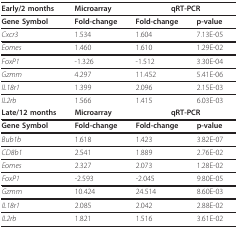
<table><thead><tr><td><b>Early/2 months</b></td><td><b>Microarray</b></td><td colspan="2"><b>qRT-PCR</b></td></tr></thead><tbody><tr><td><b>Gene Symbol</b></td><td><b>Fold-change</b></td><td><b>Fold-change</b></td><td><b>p-value</b></td></tr><tr><td><i>Cxcr3</i></td><td>1.534</td><td>1.604</td><td>7.13E-05</td></tr><tr><td><i>Eomes</i></td><td>1.460</td><td>1.610</td><td>1.29E-02</td></tr><tr><td><i>FoxP1</i></td><td>-1.326</td><td>-1.512</td><td>3.30E-04</td></tr><tr><td><i>Gzmm</i></td><td>4.297</td><td>11.452</td><td>5.41E-06</td></tr><tr><td><i>IL18r1</i></td><td>1.399</td><td>2.096</td><td>2.15E-03</td></tr><tr><td><i>IL2rb</i></td><td>1.566</td><td>1.415</td><td>6.03E-03</td></tr><tr><td><b>Late/12 months</b></td><td><b>Microarray</b></td><td colspan="2"><b>qRT-PCR</b></td></tr><tr><td><b>Gene Symbol</b></td><td><b>Fold-change</b></td><td><b>Fold-change</b></td><td><b>p-value</b></td></tr><tr><td><i>Bub1b</i></td><td>1.618</td><td>1.423</td><td>3.82E-07</td></tr><tr><td><i>CD8b1</i></td><td>2.541</td><td>1.889</td><td>2.76E-02</td></tr><tr><td><i>Eomes</i></td><td>2.327</td><td>2.073</td><td>1.28E-02</td></tr><tr><td><i>FoxP1</i></td><td>-2.593</td><td>-2.045</td><td>9.80E-05</td></tr><tr><td><i>Gzmm</i></td><td>10.424</td><td>24.514</td><td>8.60E-03</td></tr><tr><td><i>IL18r1</i></td><td>2.085</td><td>2.042</td><td>2.88E-02</td></tr><tr><td><i>IL2rb</i></td><td>1.821</td><td>1.516</td><td>3.61E-02</td></tr></tbody></table>